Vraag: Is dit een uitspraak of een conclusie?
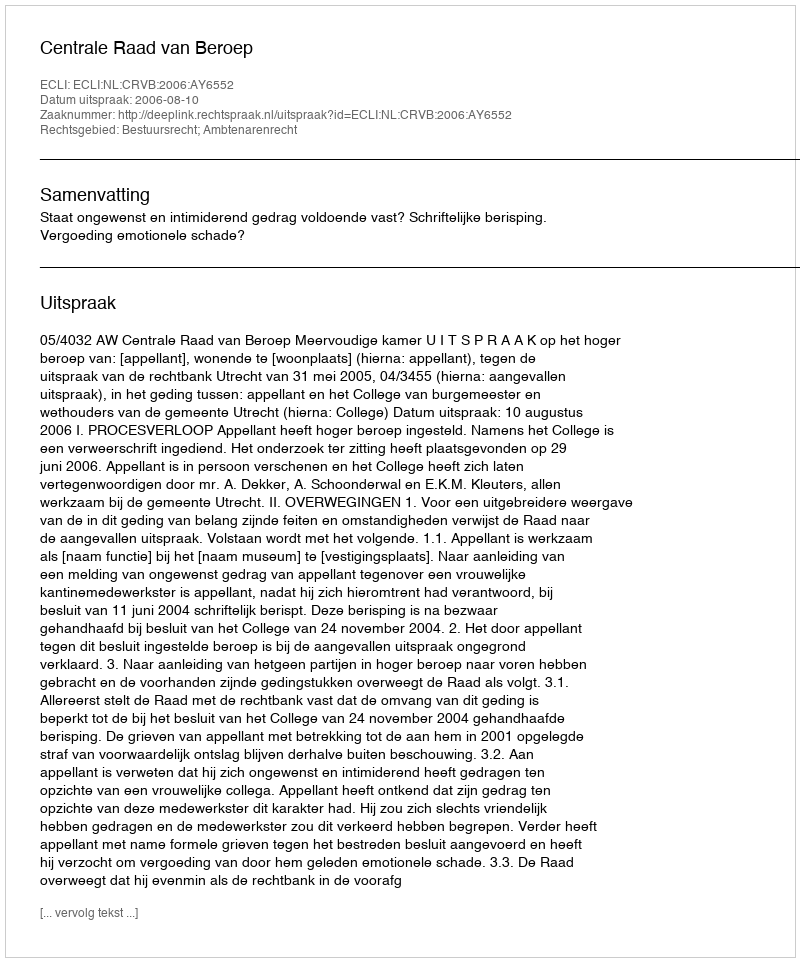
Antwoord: Uitspraak